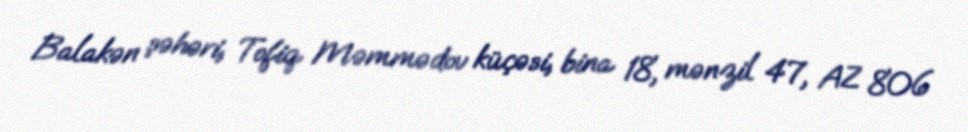
Balakən şəhəri, Tofiq Məmmədov küçəsi, bina 18, mənzil 47, AZ 806